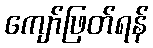
ကျော်ဖြတ်ရန်